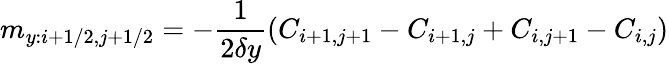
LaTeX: m_{y:i+1/2,j+1/2}=-\frac{1}{2\delta y}(C_{i+1,j+1}-C_{i+1,j}+C_{i,j+1}-C_{i,j})